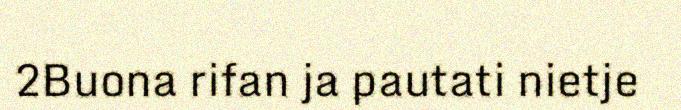
2Buona rifan ja pautati nietje